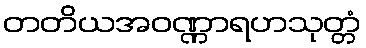
တတိယအဝဏ္ဏာရဟသုတ္တံ